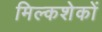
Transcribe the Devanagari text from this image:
मिल्कशेकों